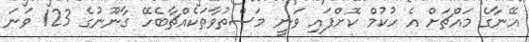
އޭނާގެ މައްޗަށް އެ ހުކުމް ކޮށްފައި ވަނީ މަސްތުވާތަކެއްޗާބެހޭ ގާނޫނުގެ 123 ވަނަ